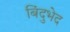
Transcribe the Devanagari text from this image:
बिंदुभेद